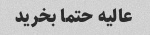
عالیه حتما بخرید